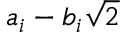
a _ { i } - b _ { i } { \sqrt { 2 } }